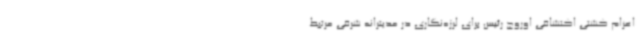
اعزام کشتی اکتشافی اوروچ رئیس برای لرزه‌نگاری در مدیترانه شرقی مرتبط